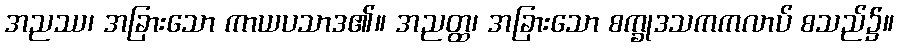
အညဿ၊ အခြားသော ကာယပသာဒ၏။ အညတ္ထ၊ အခြားသော စက္ခုဒသကကလာပ် စသည်၌။